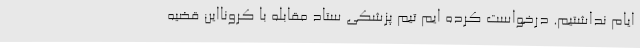
ایام نداشتیم. درخواست کرده ایم تیم پزشکی ستاد مقابله با کرونااین قضیه